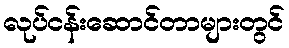
လုပ်ငန်းဆောင်တာများတွင်